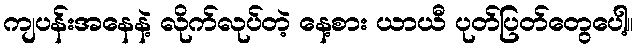
ကျပန်းအနေနဲ့ လိုက်လုပ်တဲ့ နေ့စား ယာယီ ပုတ်ပြတ်တွေပေါ့။